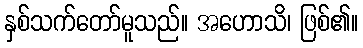
နှစ်သက်တော်မူသည်။ အဟောသိ၊ ဖြစ်၏။